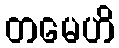
တမေဟိ